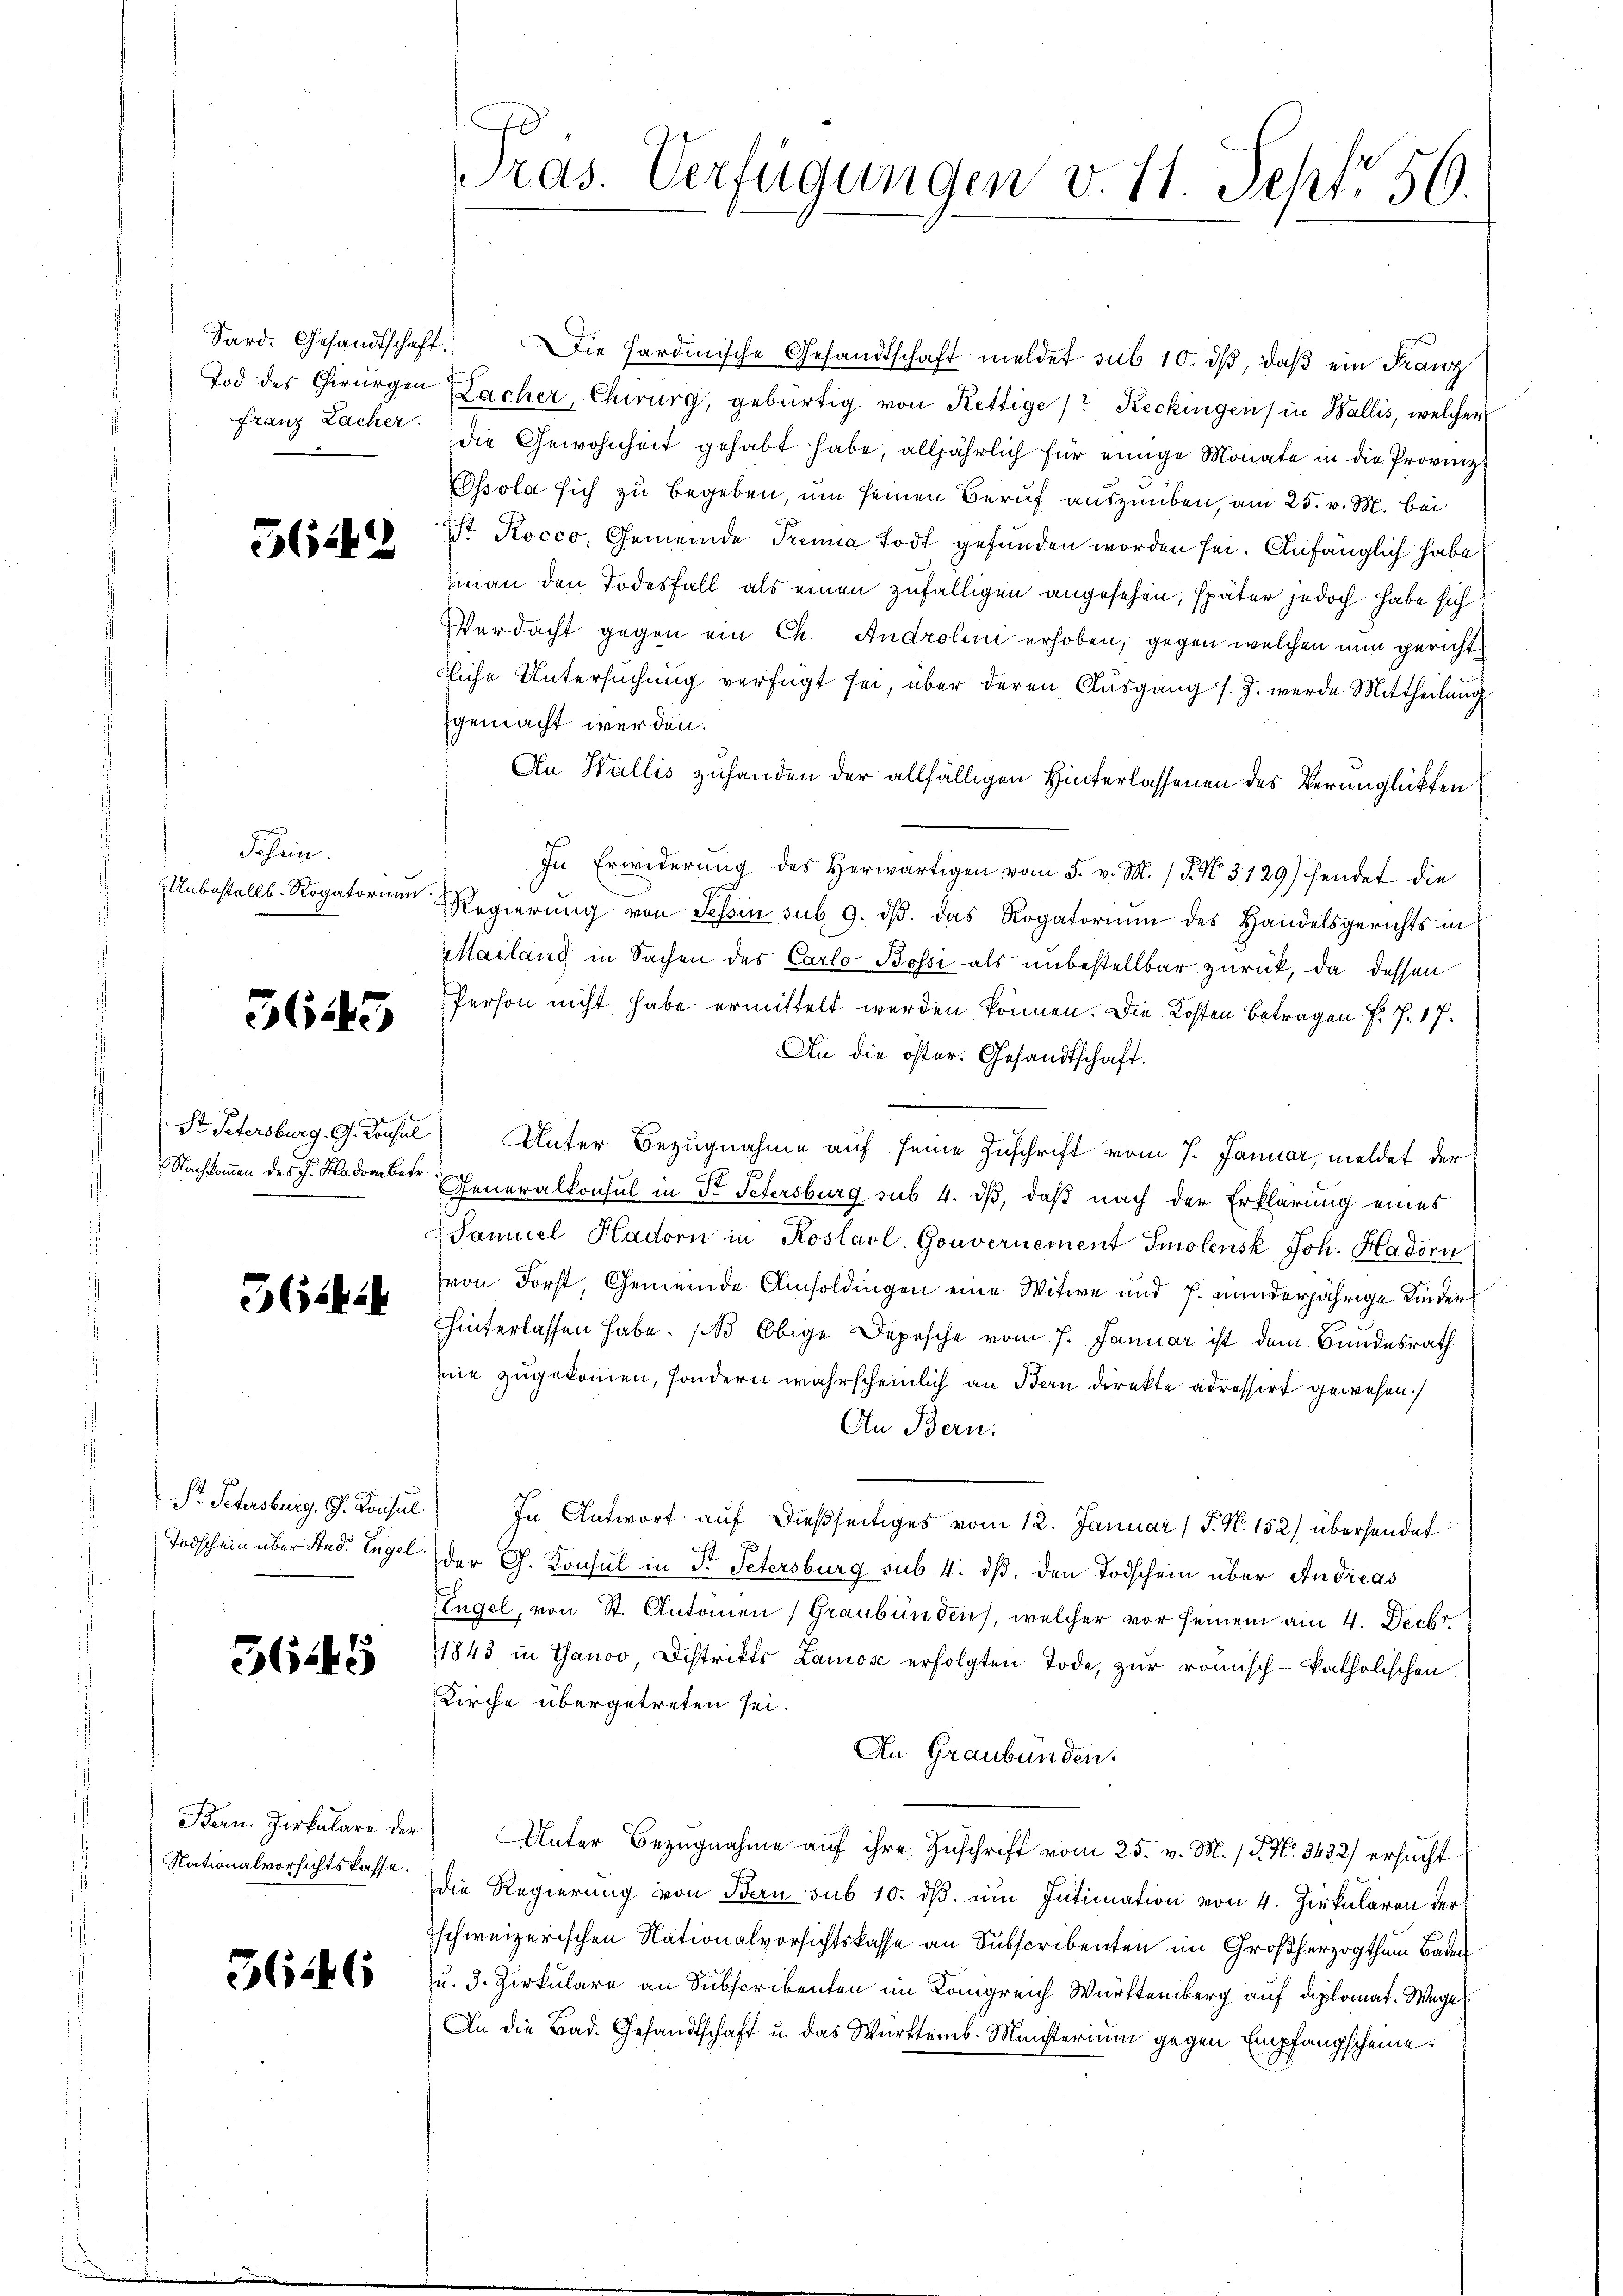
5644

Schein.

3645

3644

Todschein über And. Engel

3645

Nationalvorsichtskasse.

36:46

E
Pras. Verfügungen v. 11. Sept. 56.

Sard. Gesandtschaft. Die Hardmische Gesandtschaft meldet sub 10. dβ, daβ ein Franz
Tod des Chirurgen Lacher, Chirurg, gebürtig von Kettige Reckingen) in Wallis, welcher
franz Lacher die Gewohnheit gehabt habe, alljährlich für einige Monate in die Provinz
Essola sich zu begeben, um seinen Beruf auszuüben, am 25. v. M. bei
ist Kocco, Gemeinde Trenna Todt gefunden worden sei. Anfänglich habe
man den Todesfall als einen zufälligen angesehen, später jedoch habe sich
Verdacht gegen ein Ch. Androlini erhoben, gegen welchen nun gericht
Eiche Untersuchung verfügt sei, über deren Ausgang s. Z. werde Mittheilung
gemacht werden.
An Wallis zuhanden der allfälligen Hinterlassenen des Verunglückten
In Erwiderung des herwärtigen vom 5. v. M. (T. No. 3129) hendet die
Unbestellt. Rogatorian Regierŭng von Tessin sub. 9. dβ das Rogatorium des Handelsgerichts in
Mailang in Sachen des Carlo Bossi als unbestellbar zurück, da dessen
Person nicht habe ermittelt werden können. Die Kosten Betragen F. J. 17.
An die öster. Gesandtschaft.
.
St Petersburg. G. Konsul Unter Bezugnahme auf seine Zuschrift vom 7. Januar, meldet der
Nachkommen des J. Mladomber Generalkonsul in St. Petersburg sub 4. dß, daß nach der Erklärung eines
aniel Hadorn in Kostarl. Gouvernement Smolensk, Joh. Hadorn
von Forst, Gemeinde Umsoldingen eine Witwe und J. minderjährige Kinder
hinterlassen habe. ( Obige Depesche vom 7. Januar ist dem Bundesrath
ie zugekommen, sondern wahrscheinlich an Bern direkte adressirt gewesen.
An Bern.
Pr. Petersburg. G. Konsul. In Antwort auf dießseitiges vom 12. Januar (S. Nr. 152) übersendet
der G. Konsul in Fr. Petersburg sub. 4. dβ, den Todschein über Andreas
EEngel, von St. Antonen (Graubünden, welcher vor seinem am 4. Decbr.
1843 in Ganov Distrikts Zamose erfolgten Tode, zur römisch-katholischen
Kirche übergetreten sei.
An Graubünden.
Bern. Zirkulare der Unter Bezugnahme auf ihre Zuschrift vom 25. v. M. (T. No. 3432) ersucht
die Regierŭng von Bern sub 10. dβ ŭm Intimation von 4. Zirkularen der
schweizerischen Nationalversichtskasse an Subscribenten im Großherzogthum Baden
u. 3. Zirkulare an Subscribenten im Königreich Württemberg auf diplomat. Wege
In die Bad. Gesandtschaft u. das Württemb. Ministerium gegen Empfangscheine